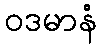
ဝဒမာနံ